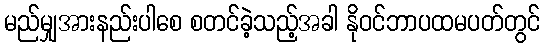
မည်မျှအားနည်းပါစေ စတင်ခဲ့သည့်အခါ နိုဝင်ဘာပထမပတ်တွင်